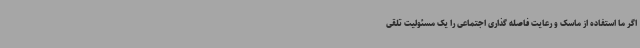
اگر ما استفاده از ماسک و رعایت فاصله گذاری اجتماعی را یک مسئولیت تلقی